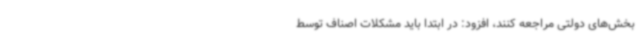
بخش‌های دولتی مراجعه کنند، افزود: در ابتدا باید مشکلات اصناف توسط